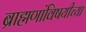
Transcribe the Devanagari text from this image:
ब्राह्मणांविषयीच्या